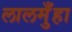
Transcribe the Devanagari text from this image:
लालमुँहा